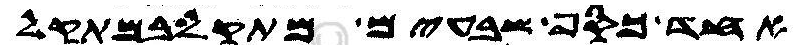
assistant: אחד כסף שבעים מתקל במתקל